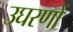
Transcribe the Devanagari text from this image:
उघरणों